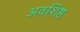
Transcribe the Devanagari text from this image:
अवशिष्ठ